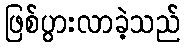
ဖြစ်ပွားလာခဲ့သည်